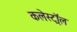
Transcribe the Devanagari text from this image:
कलेस्ट्रॉल